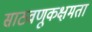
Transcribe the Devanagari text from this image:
साठवणूकक्षमता